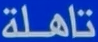
تاهلة